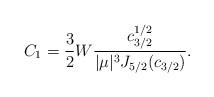
LaTeX: \begin{align*}C_1=\frac{3}{2}W\frac{c_{3/2}^{1/2} }{|\mu|^{3}J_{5/2}(c_{3/2}) }.\end{align*}